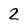
Character: 2